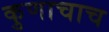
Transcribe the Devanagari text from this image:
कुणाचाच